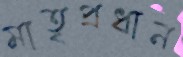
মাতৃপ্রধান